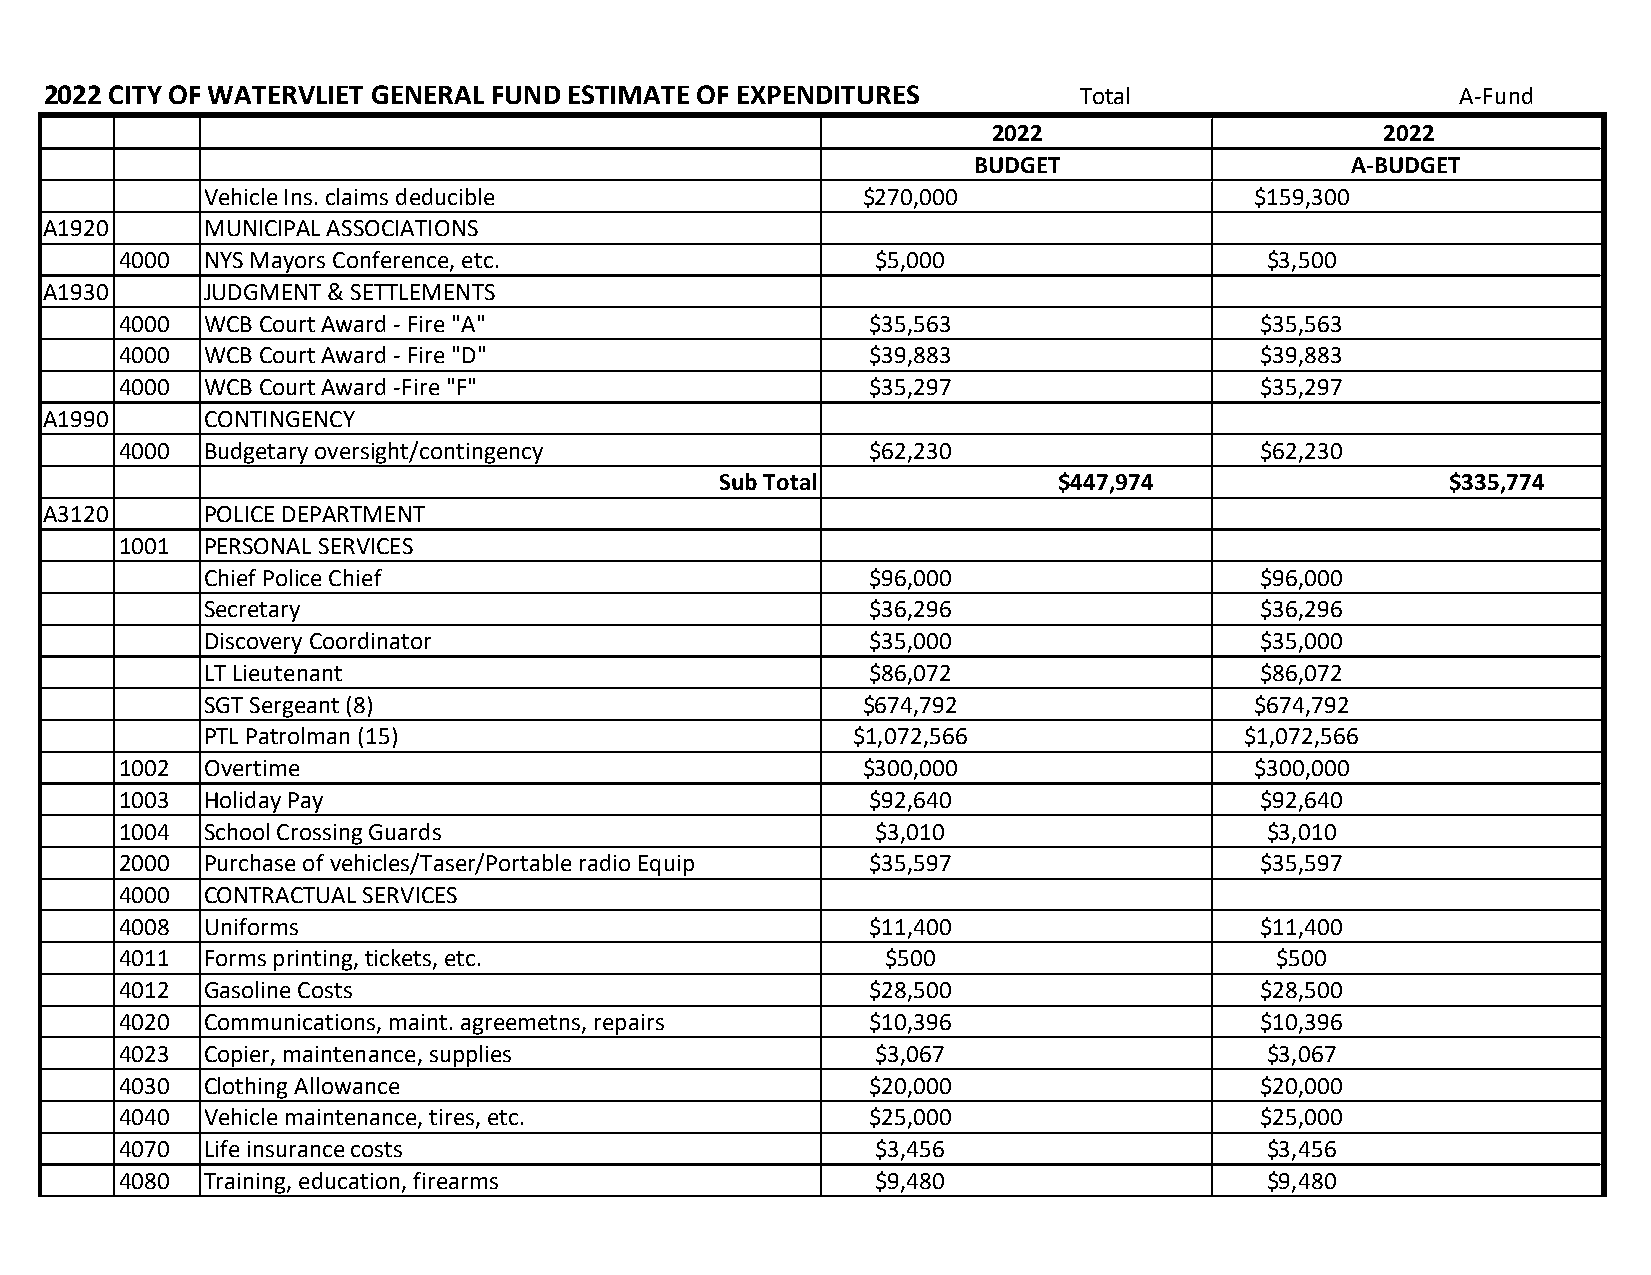
2022 CITY OF WATERVLIET GENERAL FUND ESTIMATE OF EXPENDITURES       Total                     A-Fund
 2022                      2022
 BUDGET                   A-BUDGET
 Vehicle Ins. claims deducible              $270,000                  $159,300
 A1920      MUNICIPAL ASSOCIATIONS
 4000  NYS Mayors Conference, etc.                 $5,000                    $3,500
 A1930      JUDGMENT & SETTLEMENTS
 4000  WCB Court Award - Fire "A"                  $35,563                  $35,563
 4000  WCB Court Award - Fire "D"                  $39,883                  $39,883
 4000  WCB Court Award -Fire "F"                   $35,297                  $35,297
 A1990      CONTINGENCY
 4000  Budgetary oversight/contingency             $62,230                  $62,230
 Sub Total             $447,974                  $335,774
 A3120      POLICE DEPARTMENT
 1001  PERSONAL SERVICES
 Chief Police Chief                          $96,000                  $96,000
 Secretary                                   $36,296                  $36,296
 Discovery Coordinator                       $35,000                  $35,000
 LT Lieutenant                               $86,072                  $86,072
 SGT Sergeant (8)                           $674,792                  $674,792
 PTL Patrolman (15)                        $1,072,566                $1,072,566
 1002  Overtime                                   $300,000                  $300,000
 1003  Holiday Pay                                 $92,640                  $92,640
 1004  School Crossing Guards                      $3,010                    $3,010
 2000  Purchase of vehicles/Taser/Portable radio Equip $35,597              $35,597
 4000  CONTRACTUAL SERVICES
 4008  Uniforms                                    $11,400                  $11,400
 4011  Forms printing, tickets, etc.                $500                     $500
 4012  Gasoline Costs                              $28,500                  $28,500
 4020  Communications, maint. agreemetns, repairs  $10,396                  $10,396
 4023  Copier, maintenance, supplies               $3,067                    $3,067
 4030  Clothing Allowance                          $20,000                  $20,000
 4040  Vehicle maintenance, tires, etc.            $25,000                  $25,000
 4070  Life insurance costs                        $3,456                    $3,456
 4080  Training, education, firearms               $9,480                    $9,480